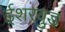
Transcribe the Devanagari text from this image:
ईशरवुड